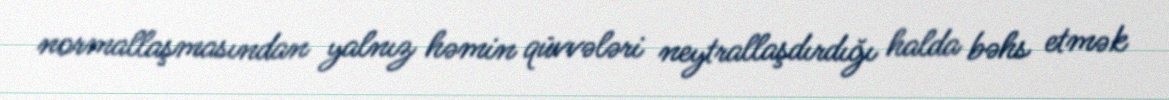
normallaşmasından yalnız həmin qüvvələri neytrallaşdırdığı halda bəhs etmək